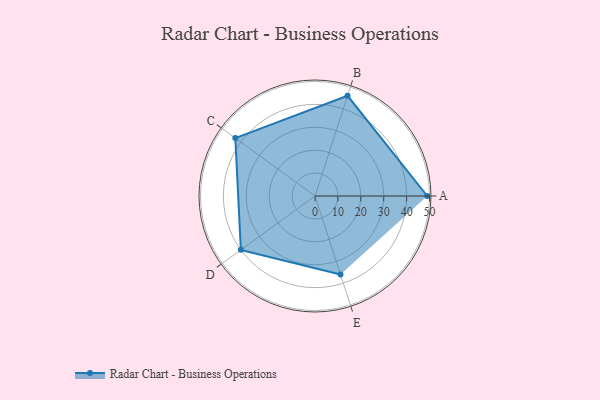
{"axis": {"x": "Skill", "y": "Score"}, "legend": ["Profile"], "data": [{"x": "A", "y": 49.0, "type": "Profile"}, {"x": "B", "y": 46.0, "type": "Profile"}, {"x": "C", "y": 43.0, "type": "Profile"}, {"x": "D", "y": 40.0, "type": "Profile"}, {"x": "E", "y": 36.0, "type": "Profile"}]}